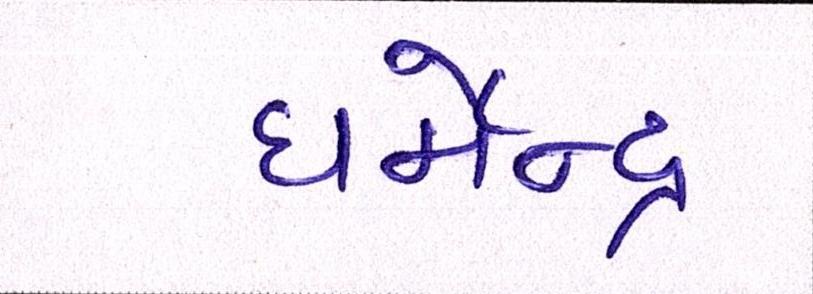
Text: ધર્મેન્દ્ર